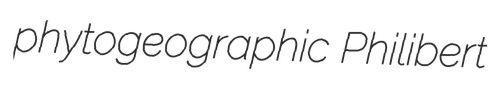
phytogeographic Philibert